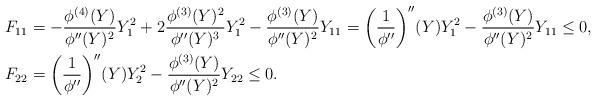
LaTeX: \begin{align*} F_{11} &= -\frac{\phi^{(4)}(Y)}{\phi''(Y)^2}Y_1^2+ 2\frac{\phi^{(3)}(Y)^2}{\phi''(Y)^3}Y_1^2- \frac{\phi^{(3)}(Y)}{\phi''(Y)^2}Y_{11} = \bigg(\frac{1}{\phi''}\bigg)''(Y)Y_1^2- \frac{\phi^{(3)}(Y)}{\phi''(Y)^2}Y_{11} \le 0, \\F_{22} &= \bigg(\frac{1}{\phi''}\bigg)''(Y)Y_2^2- \frac{\phi^{(3)}(Y)}{\phi''(Y)^2}Y_{22} \le 0.\end{align*}